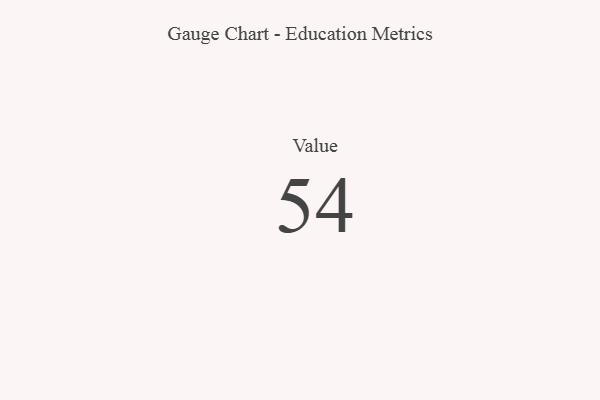
{"axis": {"x": "Metric", "y": "Value"}, "legend": [""], "data": [{"x": "Value", "y": 54, "type": ""}]}